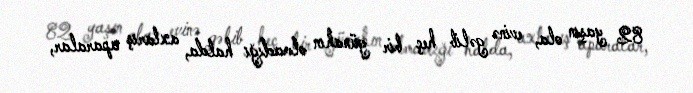
82 yaşın ola, evinə gəlib heç bir günahın olmadığı halda, axtarış aparalar,